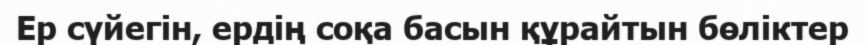
Ер сүйегін, ердің соқа басын құрайтын бөліктер